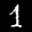
Label: 1